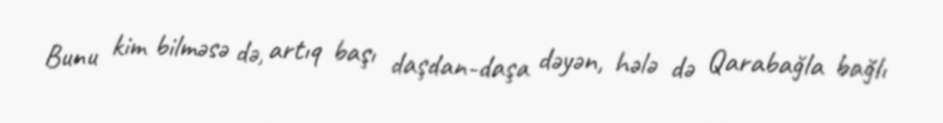
Bunu kim bilməsə də, artıq başı daşdan-daşa dəyən, hələ də Qarabağla bağlı